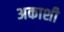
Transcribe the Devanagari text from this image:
अकाशी